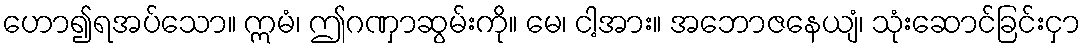
ဟော၍ရအပ်သော။ ဣမံ၊ ဤဂဏှာဆွမ်းကို။ မေ၊ ငါ့အား။ အဘောဇနေယျံ၊ သုံးဆောင်ခြင်းငှာ